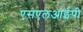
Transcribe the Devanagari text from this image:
एसएलआईपी